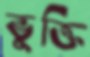
ভুক্তি